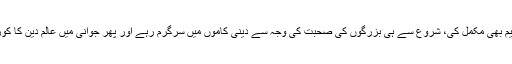
حکمت کی تعلیم بھی مکمل کی، شروع سے ہی بزرگوں کی صحبت کی وجہ سے دینی کاموں میں سرگرم رہے اور پھر جوانی میں عالم دین کا کورس مکمل کیا۔